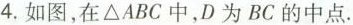
4.如图，在\triangle ABC中，D为BC的中点。